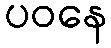
ပဝနေ